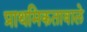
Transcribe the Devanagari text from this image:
प्राथमिकतावाले